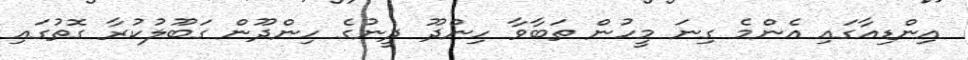
އިންޑިއާގައި އެންމެ ގިނަ މީހުން ތަބާވާ ހިންދޫ ދީނުގެ ހިންދޫން ގަބޫލުކުރާ ގޮތުގައި